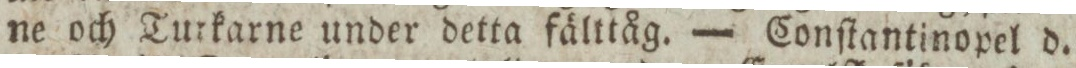
ne och Turkarne under detta fälttåg. — Conſtantinopel d.